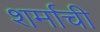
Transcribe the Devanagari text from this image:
शर्माची